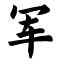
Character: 军